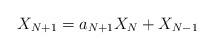
LaTeX: \begin{align*}X_{N+1}=a_{N+1}X_N+X_{N-1}\end{align*}